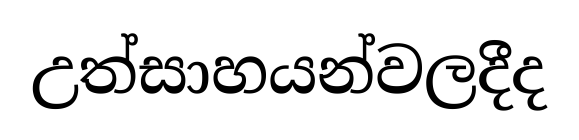
උත්සාහයන්වලදීද